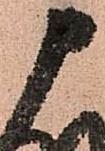
申